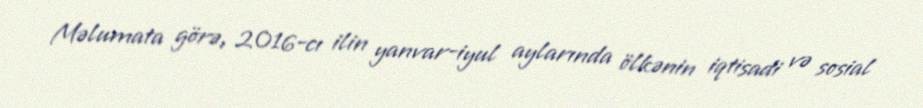
Məlumata görə, 2016-cı ilin yanvar-iyul aylarında ölkənin iqtisadi və sosial